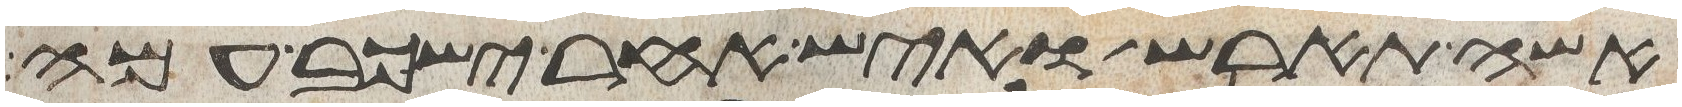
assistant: אשה תארש ואיש אחר ישכב עמה